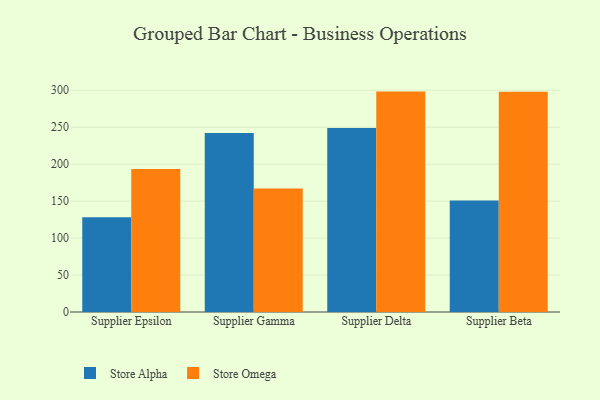
{"axis": {"x": "Supplier", "y": "Budget (USD K)"}, "legend": ["Store Alpha", "Store Omega"], "data": [{"x": "Supplier Epsilon", "y": 128.3, "type": "Store Alpha"}, {"x": "Supplier Epsilon", "y": 193.5, "type": "Store Omega"}, {"x": "Supplier Gamma", "y": 242.3, "type": "Store Alpha"}, {"x": "Supplier Gamma", "y": 167.1, "type": "Store Omega"}, {"x": "Supplier Delta", "y": 248.9, "type": "Store Alpha"}, {"x": "Supplier Delta", "y": 298.2, "type": "Store Omega"}, {"x": "Supplier Beta", "y": 150.9, "type": "Store Alpha"}, {"x": "Supplier Beta", "y": 297.9, "type": "Store Omega"}]}